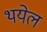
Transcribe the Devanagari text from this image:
थयेल